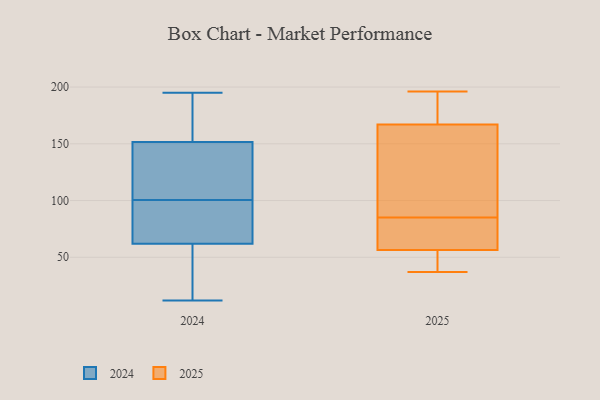
{"axis": {"x": "Backlog", "y": "Value"}, "legend": ["2024", "2025"], "data": [{"x": "", "y": 109, "type": "2024"}, {"x": "", "y": 115, "type": "2024"}, {"x": "", "y": 177, "type": "2024"}, {"x": "", "y": 40, "type": "2024"}, {"x": "", "y": 80, "type": "2024"}, {"x": "", "y": 64, "type": "2024"}, {"x": "", "y": 69, "type": "2024"}, {"x": "", "y": 95, "type": "2024"}, {"x": "", "y": 90, "type": "2024"}, {"x": "", "y": 128, "type": "2024"}, {"x": "", "y": 36, "type": "2024"}, {"x": "", "y": 167, "type": "2024"}, {"x": "", "y": 181, "type": "2024"}, {"x": "", "y": 26, "type": "2024"}, {"x": "", "y": 60, "type": "2024"}, {"x": "", "y": 195, "type": "2024"}, {"x": "", "y": 175, "type": "2024"}, {"x": "", "y": 12, "type": "2024"}, {"x": "", "y": 106, "type": "2024"}, {"x": "", "y": 136, "type": "2024"}, {"x": "", "y": 79, "type": "2025"}, {"x": "", "y": 166, "type": "2025"}, {"x": "", "y": 65, "type": "2025"}, {"x": "", "y": 56, "type": "2025"}, {"x": "", "y": 49, "type": "2025"}, {"x": "", "y": 168, "type": "2025"}, {"x": "", "y": 57, "type": "2025"}, {"x": "", "y": 161, "type": "2025"}, {"x": "", "y": 50, "type": "2025"}, {"x": "", "y": 37, "type": "2025"}, {"x": "", "y": 192, "type": "2025"}, {"x": "", "y": 196, "type": "2025"}, {"x": "", "y": 140, "type": "2025"}, {"x": "", "y": 71, "type": "2025"}, {"x": "", "y": 91, "type": "2025"}, {"x": "", "y": 185, "type": "2025"}]}